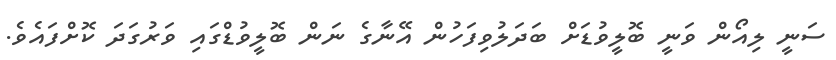
ސަނީ ލިއޯން ވަނީ ބޮލީވުޑަށް ބަދަލުވިފަހުން އޭނާގެ ނަން ބޮލީވުޑްގައި ވަރުގަދަ ކޮށްފައެވެ.